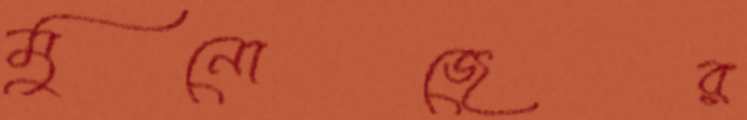
মুনোজের